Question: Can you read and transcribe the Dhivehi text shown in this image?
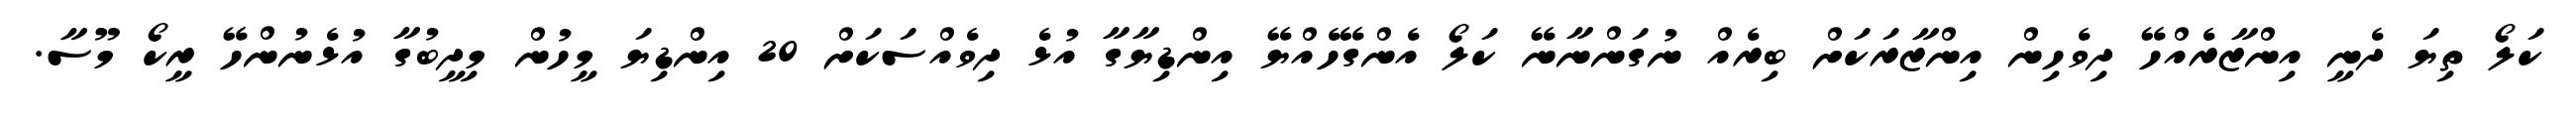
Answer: ކަލޯ ތިޔަ ދެނީ އިންޒާރެއްހޭ ދިވެހިން އިންޒާރަކަށް ބިރެއް ނުގަންނާނޭ ކަލޯ އެންގޭހެއްޔޭ އިންޑިޔާގާ އުޅެ ދިވެއްސަކަށް 20 އިންޑިޔަ މީހުން މިދީބުގާ އުޅެނުންހޭ ރީކޯ މޫސާ.